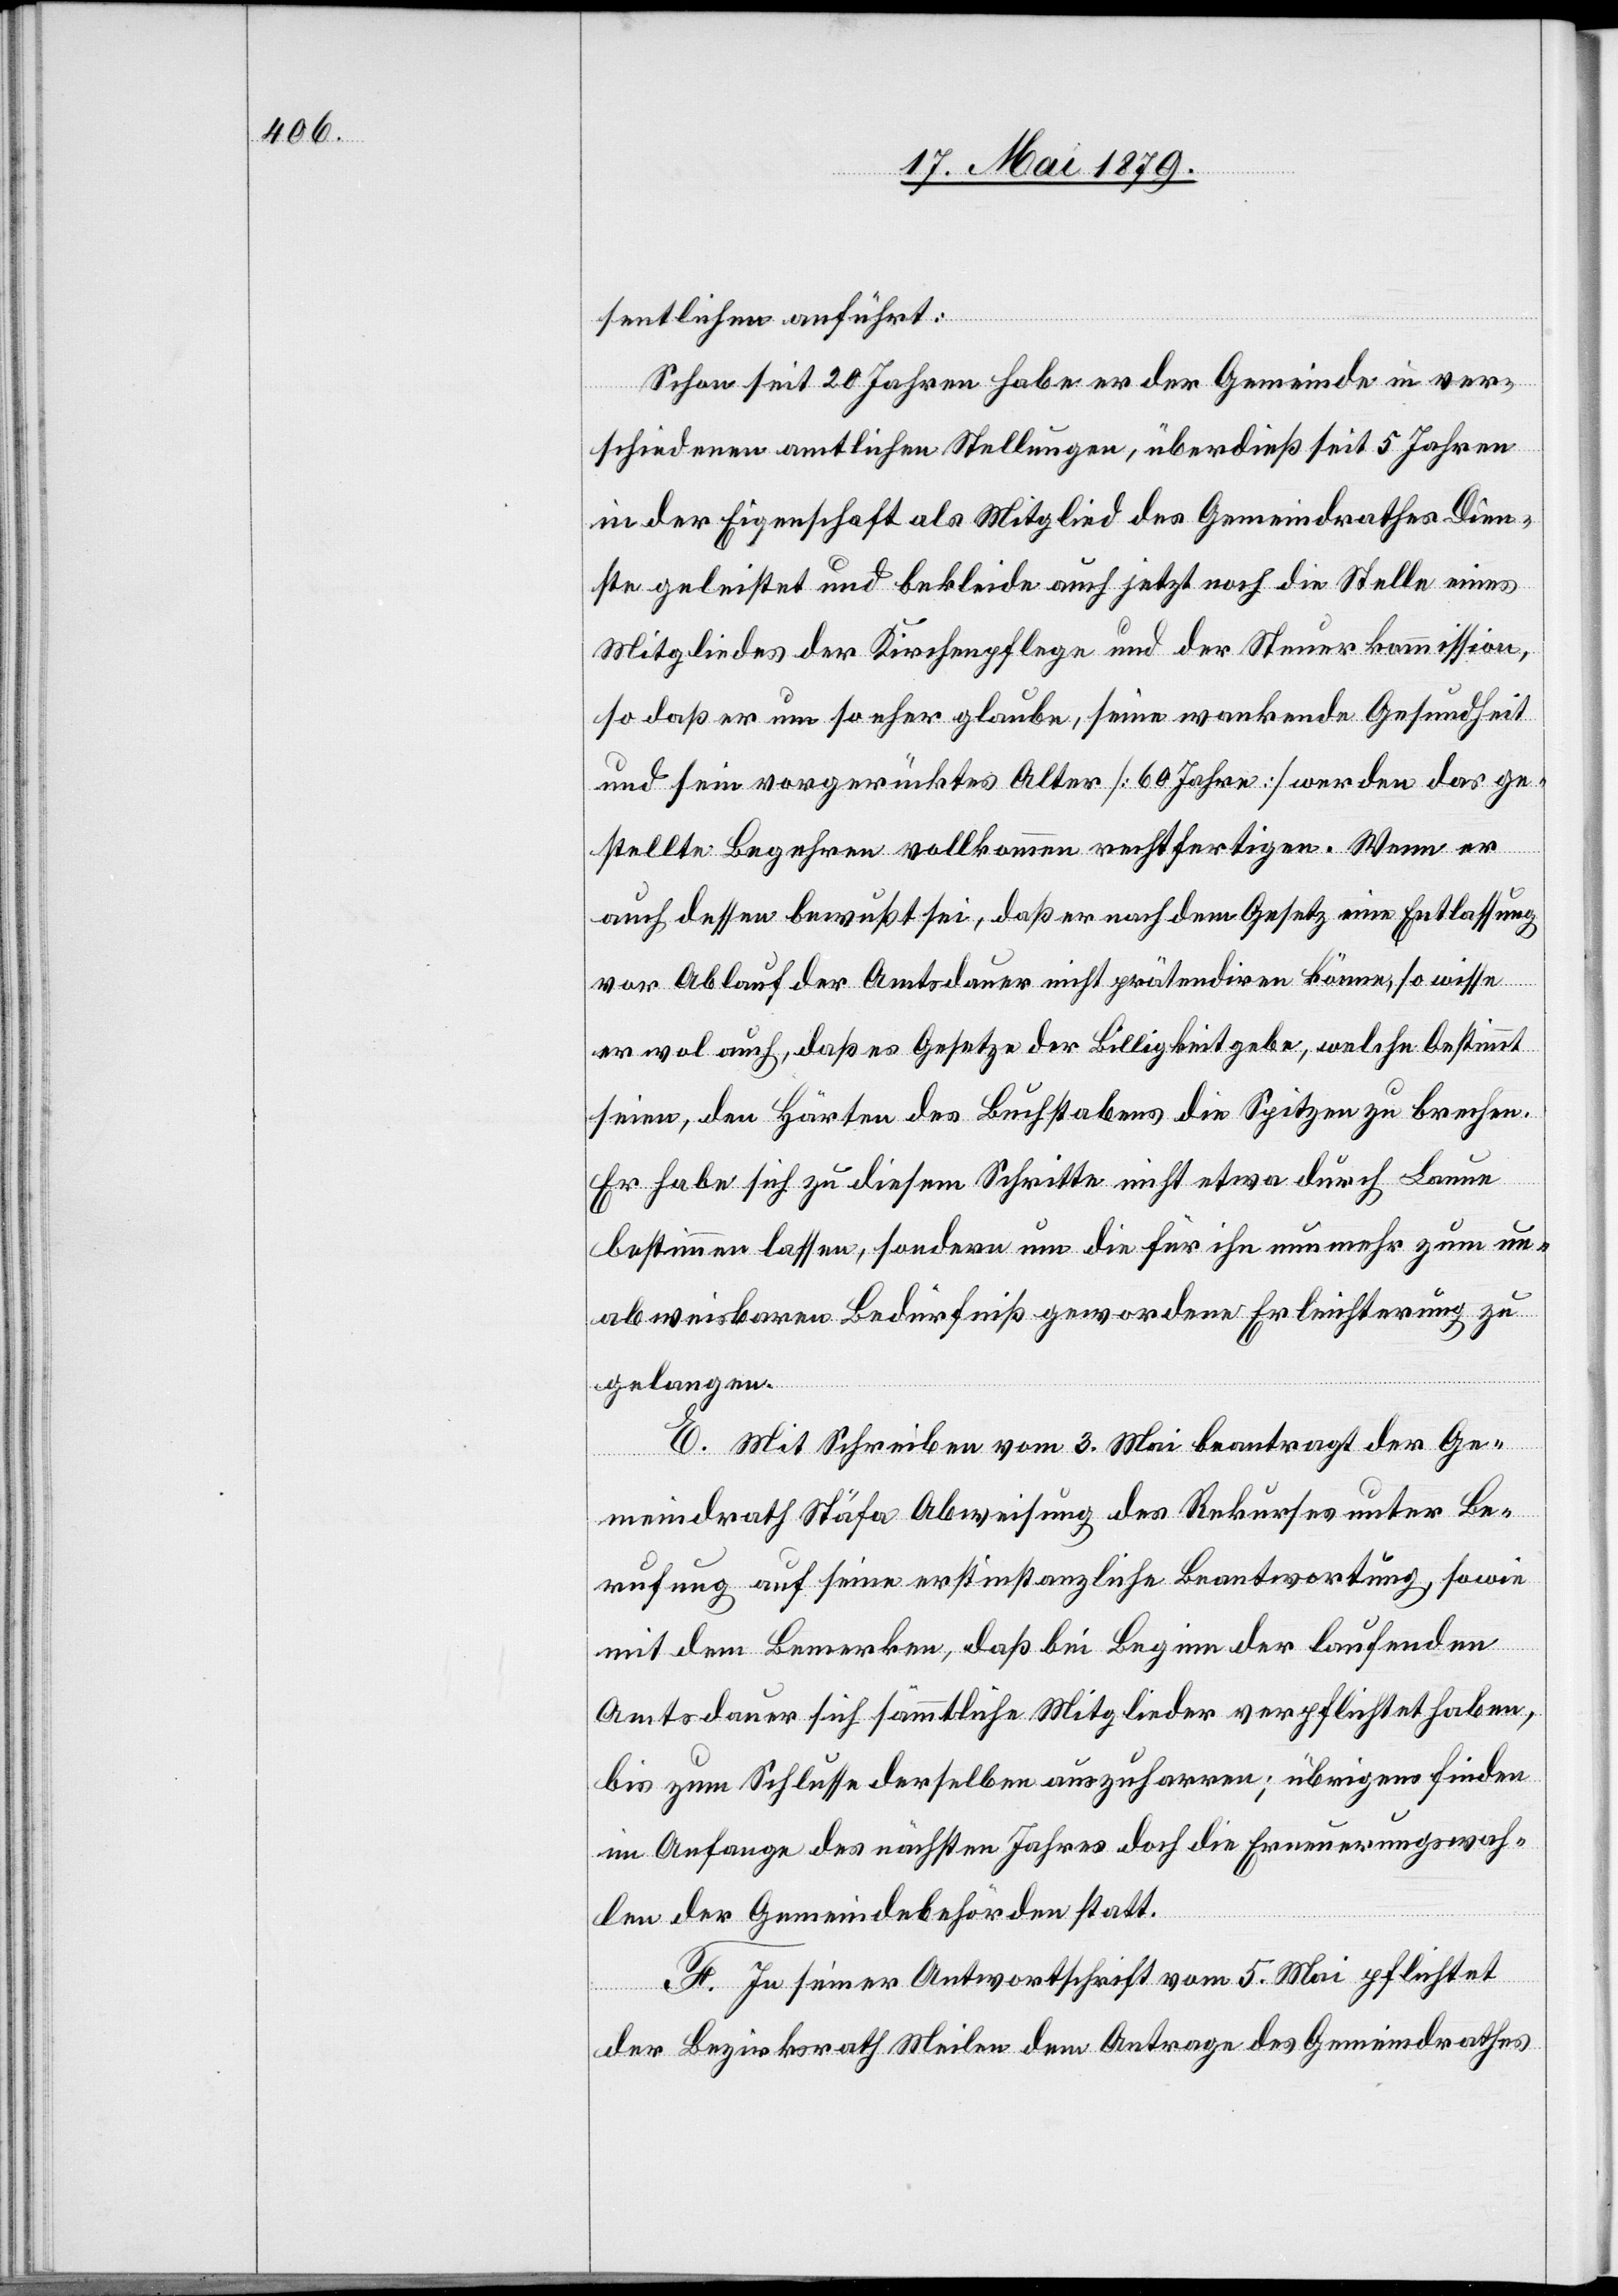
sentlichen anführt:
Schon seit 20 Jahren habe er der Gemeinde in ver¬
schiedenen amtlichen Stellungen, überdieß seit 5 Jahren
in der Eigenschaft als Mitglied des Gemeindrathes Dien¬
ste geleistet und bekleide auch jetzt noch die Stelle eines
Mitgliedes der Kirchenpflege und der Steuerkommission,
so daß er um so eher glaube, seine wankende Gesundheit
und sein vorgerücktes Alter [60 Jahre] werden das ge¬
stellte Begehren vollkommen rechtfertigen. Wenn er
auch dessen bewußt sei, daß er nach dem Gesetz eine Entlassung
vor Ablauf der Amtsdauer nicht prätendiren könne, so wisse
er wol auch, daß es Gesetze der Billigkeit gebe, welche bestimmt
seien, den Härten des Buchstabens die Spitzen zu brechen.
Er habe sich zu diesem Schritte nicht etwas durch Laune
bestimmen lassen, sondern um die für ihn nunmehr zum un¬
abweisbaren Bedürfniß gewordene Erleichterung zu
gelangen.
E. Mit Schreiben vom 3. Mai beantragt der Ge¬
meindrath Stäfa Abweisung des Rekurses unter Be¬
rufung auf seine erstinstanzliche Beantwortung, sowie
mit dem Bemerken, daß bei beginn der laufenden
Amtsdauer sich sämmtliche Mitglieder verpflichtet haben,
bis zum Schlusse derselben auszuharren; übrigens finden
im Anfange des nächsten Jahres doch die Erneuerungswah¬
len der Gemeindebehörden statt.
F. In seiner Antwortschrift vom 5. Mai pflichtet
der Bezirksrath Meilen dem Antrage des Gemeindrathes